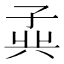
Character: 𪦾